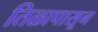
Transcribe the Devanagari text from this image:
तिळापासून